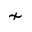
\nsim